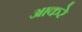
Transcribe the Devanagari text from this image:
आकरे